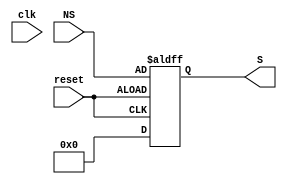
module state_register (S, NS, clk, reset) ;
	input clk, reset ;
	input[3:0] NS ;
	output reg[3:0] S ;
	
	always @(posedge reset or negedge reset)
	begin
		if (!reset)
			S <= 4'b0000 ;
		else
			S <= NS ;
	end
endmodule

module control_logic (PCWrite, PCWriteCond, IorD, MemRead, MemWrite, IRWrite, MemtoReg, PCSource, ALUOp, ALUSrcB, ALUSrcA, RegWrite, RegDst, NS, S, opcode) ;
	input[3:0] S ;
	input[5:0] opcode ;
	output PCWrite, PCWriteCond, IorD, MemRead, MemWrite, IRWrite, MemtoReg, ALUSrcA, RegWrite, RegDst ;
	output[1:0] PCSource, ALUOp, ALUSrcB ;
	output[3:0] NS ;
	
	wire[0:16] w ;
	
	assign w[0] = (~S[3]) & (~S[2]) & (~S[1]) & (~S[0]) ;
	assign w[1] = (~S[3]) & (~S[2]) & (~S[1]) & (S[0]) ;
	assign w[2] = (~S[3]) & (~S[2]) & (S[1]) & (~S[0]) ;
	assign w[3] = (~S[3]) & (~S[2]) & (S[1]) & (S[0]) ;
	assign w[4] = (~S[3]) & (S[2]) & (~S[1]) & (~S[0]) ;
	assign w[5] = (~S[3]) & (S[2]) & (~S[1]) & (S[0]) ;
	assign w[6] = (~S[3]) & (S[2]) & (S[1]) & (~S[0]) ;
	assign w[7] = (~S[3]) & (S[2]) & (S[1]) & (S[0]) ;
	assign w[8] = (S[3]) & (~S[2]) & (~S[1]) & (~S[0]) ;
	assign w[9] = (S[3]) & (~S[2]) & (~S[1]) & (S[0]) ;
	assign w[10] = ~(S[3]) & (~S[2]) & (~S[1]) & (S[0]) & (~opcode[5]) & (~opcode[4]) & (~opcode[3]) & (~opcode[2]) & (opcode[1]) & (~opcode[0]);
	assign w[11] = ~(S[3]) & (~S[2]) & (~S[1]) & (S[0]) & (~opcode[5]) & (~opcode[4]) & (~opcode[3]) & (opcode[2]) & (~opcode[1]) & (~opcode[0]); 
	assign w[12] = ~(S[3]) & (~S[2]) & (~S[1]) & (S[0]) & (~opcode[5]) & (~opcode[4]) & (~opcode[3]) & (~opcode[2]) & (~opcode[1]) & (~opcode[0]);
	assign w[13] = ~(S[3]) & (~S[2]) & (S[1]) & (~S[0]) & (opcode[5]) & (~opcode[4]) & (opcode[3]) & (~opcode[2]) & (opcode[1]) & (opcode[0]);
	assign w[14] = ~(S[3]) & (~S[2]) & (~S[1]) & (S[0]) & (opcode[5]) & (~opcode[4]) & (~opcode[3]) & (~opcode[2]) & (opcode[1]) & (opcode[0]);
	assign w[15] = ~(S[3]) & (~S[2]) & (~S[1]) & (S[0]) & (opcode[5]) & (~opcode[4]) & (opcode[3]) & (~opcode[2]) & (opcode[1]) & (opcode[0]);
	assign w[16] = ~(S[3]) & (~S[2]) & (S[1]) & (~S[0]) & (opcode[5]) & (~opcode[4]) & (~opcode[3]) & (~opcode[2]) & (opcode[1]) & (opcode[0]);
	
	
	assign PCWrite = (w[0])| (w[9]) ;
	assign PCWriteCond = w[8];
	assign IorD = (w[3])| (w[5]) ;
	assign MemRead = (w[0])| (w[3]) ;
	assign MemWrite = w[5] ;
	assign IRWrite = w[0] ;
	assign MemtoReg = w[4] ;
	
	assign PCSource[1] = w[9] ;
	assign PCSource[0] = w[8] ;
	assign ALUOp[1] = w[7] ;
	assign ALUOp[0] = w[8] ;
	assign ALUSrcB[1] = (w[1])| (w[2]) ;
	assign ALUSrcB[0] = (w[0])| (w[1]) ;
	
	assign ALUSrcA = (w[2]) | (w[6]) | (w[8]) ;
	assign RegWrite = (w[4]) | (w[7]) ;
	assign RegDst = w[7] ;
	
	assign NS[3] = w[10] | w[11];
	assign NS[2] = w[12] | w[13] | w[3] | w[6] ;
	assign NS[1] = w[6] | w[12] | w[14] | w[15] | w[16] ;
	assign NS[0] = w[16] | w[13] | w[10] | w[6] | w[0] ;
endmodule 

module controller (PCWrite, PCWriteCond, IorD, MemRead, MemWrite, IRWrite, MemtoReg, PCSource, ALUOp, ALUSrcB, ALUSrcA, RegWrite, RegDst, opcode, clk, reset) ;
	input clk, reset ;
	input[5:0] opcode ;
	output PCWrite, PCWriteCond, IorD, MemRead, MemWrite, IRWrite, MemtoReg, ALUSrcA, RegWrite, RegDst ;
	output[1:0] PCSource, ALUOp, ALUSrcB ;
	wire[3:0] S, NS ;

	control_logic cl (PCWrite, PCWriteCond, IorD, MemRead, MemWrite, IRWrite, MemtoReg, PCSource, ALUOp, ALUSrcB, ALUSrcA, RegWrite, RegDst, NS, S, opcode) ;
	state_register stat (S, NS, clk, reset) ;
endmodule 

module controller_tb ;
	reg clk, reset ;
	reg[5:0] opcode ;
	
	wire PCWrite, PCWriteCond, IorD, MemRead, MemWrite, IRWrite, MemtoReg, ALUSrcA, RegWrite, RegDst ;
	wire[1:0] PCSource, ALUOp, ALUSrcB ;
	controller cont (PCWrite, PCWriteCond, IorD, MemRead, MemWrite, IRWrite, MemtoReg, PCSource, ALUOp, ALUSrcB, ALUSrcA, RegWrite, RegDst, opcode, clk, reset) ;
	
	always #5 clk = ~clk ;
	
	initial begin
		clk = 0 ;
		reset = 1 ;
		opcode = 6'b000000 ;
		
		$monitor ($time, " State = %d , Opcode = %b" , cont.S, opcode) ;
		$dumpfile ("ex.vcd") ;
		$dumpvars (0, controller_tb) ;
		 
		#1 reset = 0 ;
		#1 reset = 1 ;
		#3 opcode = 6'b000000 ;
		#10 ; $display ($time, " State = %d , Opcode = %b" , cont.S, opcode) ;
		#10 ; $display ($time, " State = %d , Opcode = %b" , cont.S, opcode) ;
		#10 ; $display ($time, " State = %d , Opcode = %b" , cont.S, opcode) ;
		#10 opcode = 6'b100011 ;
		#10 ; $display ($time, " State = %d , Opcode = %b" , cont.S, opcode) ;
		#10 ; $display ($time, " State = %d , Opcode = %b" , cont.S, opcode) ;
		#10 ; $display ($time, " State = %d , Opcode = %b" , cont.S, opcode) ;
		#10 ; $display ($time, " State = %d , Opcode = %b" , cont.S, opcode) ;
		#10 opcode = 6'b101011 ;
		#10 ; $display ($time, " State = %d , Opcode = %b" , cont.S, opcode) ;
		#10 ; $display ($time, " State = %d , Opcode = %b" , cont.S, opcode) ;
		#10 ; $display ($time, " State = %d , Opcode = %b" , cont.S, opcode) ;
		#10 opcode = 6'b000100 ;
		#10 ; $display ($time, " State = %d , Opcode = %b" , cont.S, opcode) ;
		#10 ; $display ($time, " State = %d , Opcode = %b" , cont.S, opcode) ;
		#10 opcode = 6'b000010 ; $finish ;
	end
endmodule